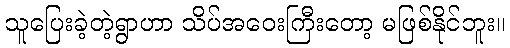
သူပြေးခဲ့တဲ့ရွာဟာ သိပ်အဝေးကြီးတော့ မဖြစ်နိုင်ဘူး။